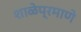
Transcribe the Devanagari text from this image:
शाळेप्रमाणे